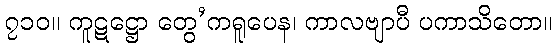
၇၁၀။ ကူဋဋ္ဌော တွေ’ကရူပေန၊ ကာလဗျာပီ ပကာသိတော။